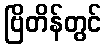
ဗြိတိန်တွင်